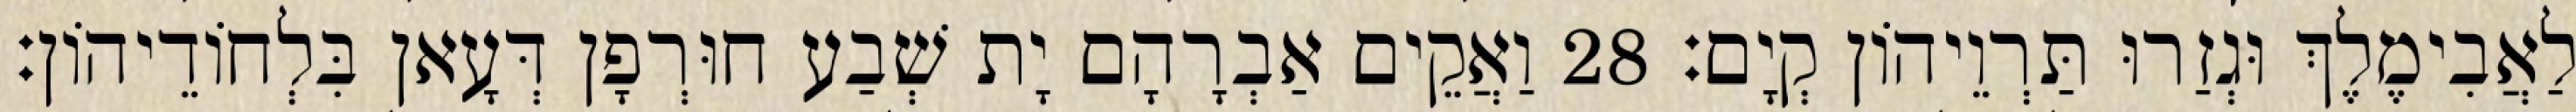
לַאֲבִימֶלֶךְ וּגְזַרוּ תַּרְוֵיהוֹן קְיָם׃ 28 וַאֲקֵים אַבְרָהָם יָת שְׁבַע חוּרְפָן דְּעָאן בִּלְחוֹדֵיהוֹן׃